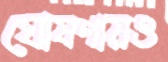
ঘোষণায়ও